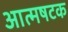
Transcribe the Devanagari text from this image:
आत्मषटक